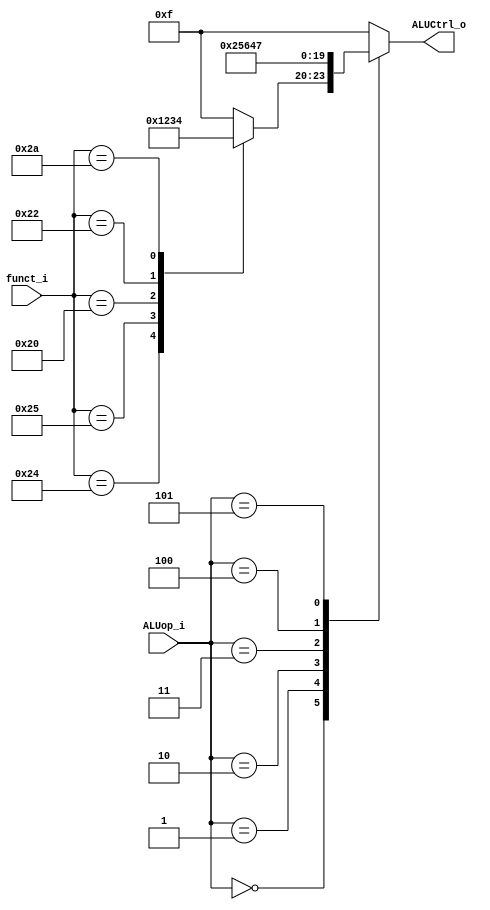
`timescale 1ns / 1ps

module ALU_Ctrl(
	funct_i,
	ALUop_i,
	ALUCtrl_o
);

//Input and outpu
input [6-1:0] funct_i;
input [3-1:0] ALUop_i;
output [4-1:0] ALUCtrl_o;

//Internal signals
reg [4-1:0] ALUCtrl_o;

//Main function
initial begin
	ALUCtrl_o = 0;
end 

always @ (funct_i or ALUop_i) begin
	case(ALUop_i)
		3'b000: begin // RTYPE
			case(funct_i)
				6'h24: ALUCtrl_o = 4'b0000; // AND
				6'h25: ALUCtrl_o = 4'b0001; // OR
				6'h20: ALUCtrl_o = 4'b0010; // ADD
				6'h22: ALUCtrl_o = 4'b0011; // SUB
				6'h2a: ALUCtrl_o = 4'b0100; // SLT
				default: ALUCtrl_o = 4'b1111;
			endcase
		end

		3'b001: ALUCtrl_o = 4'b0010; // ADDI
		3'b010: ALUCtrl_o = 4'b0101; // LW
		3'b011: ALUCtrl_o = 4'b0110; // SW
		3'b100: ALUCtrl_o = 4'b0100; // SLTI
		3'b101: ALUCtrl_o = 4'b0111; // BEQ
		default: ALUCtrl_o = 4'b1111;	
	endcase	
end

endmodule